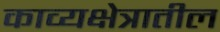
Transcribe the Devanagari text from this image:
काव्यक्षेत्रातील